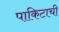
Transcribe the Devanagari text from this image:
पाकिटाची